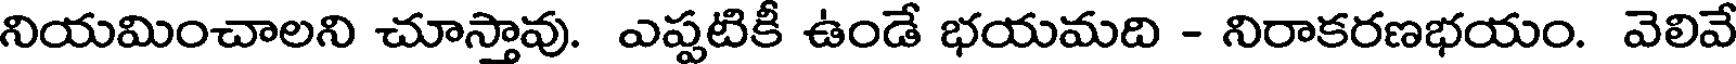
నియమించాలని చూస్తావు. ఎప్పటికీ ఉండే భయమది - నిరాకరణభయం. వెలివే